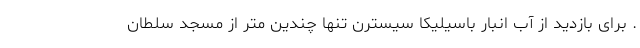
. برای بازدید از آب انبار باسیلیکا سیسترن تنها چندین متر از مسجد سلطان